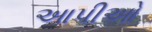
આપીઓ